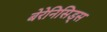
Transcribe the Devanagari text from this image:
बेरेनिसिड्स